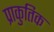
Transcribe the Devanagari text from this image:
प्राकुतिक